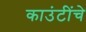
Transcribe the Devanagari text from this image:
काउंटींचे